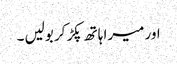
اور میرا ہاتھ پکڑ کر بولیں ۔